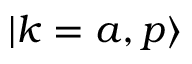
| k = a , p \rangle